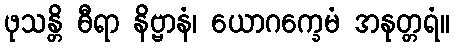
ဖုသန္တိ ဓီရာ နိဗ္ဗာနံ၊ ယောဂက္ခေမံ အနုတ္တရံ။